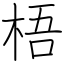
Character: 梧